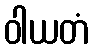
ဝါယတံ